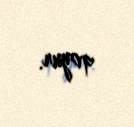
qoyur.